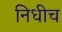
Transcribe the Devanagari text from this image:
निधीच